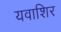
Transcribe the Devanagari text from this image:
यवाशिर